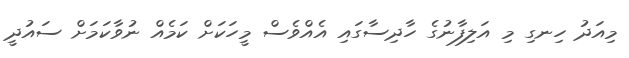
މިއަދު ހިނގި މި އަލިފާނުގެ ހާދިސާގައި އެއްވެސް މީހަކަށް ކަމެއް ނުވާކަމަށް ސައުދީ